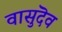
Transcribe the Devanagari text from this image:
वासुदॆव